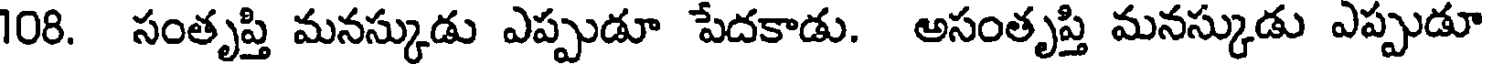
108. సంతృప్తి మనస్కుడు ఎప్పుడూ పేదకాడు. అసంతృప్తి మనస్కుడు ఎప్పుడూ